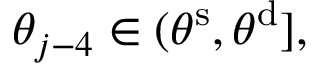
\theta _ { j - 4 } \in ( \theta ^ { \mathrm { s } } , \theta ^ { \mathrm { d } } ] ,